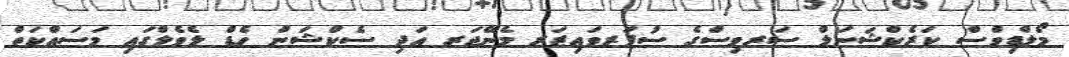
މޯލްޑިވްސް ކަރެކްޝަނަލް ސަރވިސްގެ ސުޕަރވައިޒަރ މެނޭޖަރ އަދި ސެކްޝަން ހެޑް ލެވެލްގައި މަސައްކަތް